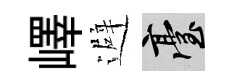
嶧避臺